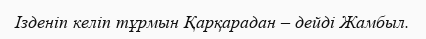
Ізденіп келіп тұрмын Қарқарадан – дейді Жамбыл.